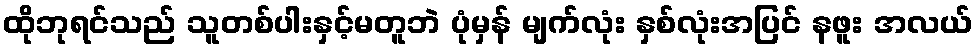
ထိုဘုရင်သည် သူတစ်ပါးနှင့်မတူဘဲ ပုံမှန် မျက်လုံး နှစ်လုံးအပြင် နဖူး အလယ်